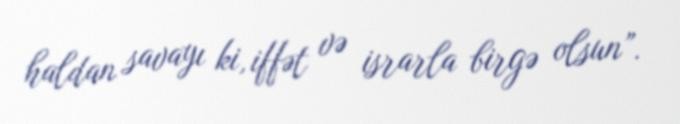
haldan savayı ki, iffət və israrla birgə olsun”.